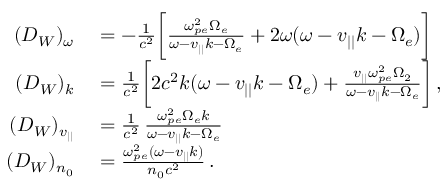
\begin{array} { r l } { ( D _ { W } ) _ { \omega } } & { { } = - \frac { 1 } { c ^ { 2 } } \bigg [ \frac { \omega _ { p e } ^ { 2 } \Omega _ { e } } { \omega - v _ { | | } k - \Omega _ { e } } + 2 \omega ( \omega - v _ { | | } k - \Omega _ { e } ) \bigg ] } \\ { ( D _ { W } ) _ { k } } & { { } = \frac { 1 } { c ^ { 2 } } \bigg [ 2 c ^ { 2 } k ( \omega - v _ { | | } k - \Omega _ { e } ) + \frac { v _ { | | } \omega _ { p e } ^ { 2 } \Omega _ { 2 } } { \omega - v _ { | | } k - \Omega _ { e } } \bigg ] \, , } \\ { ( D _ { W } ) _ { v _ { | | } } } & { { } = \frac { 1 } { c ^ { 2 } } \, \frac { \omega _ { p e } ^ { 2 } \Omega _ { e } k } { \omega - v _ { | | } k - \Omega _ { e } } } \\ { ( D _ { W } ) _ { n _ { 0 } } } & { { } = \frac { \omega _ { p e } ^ { 2 } ( \omega - v _ { | | } k ) } { n _ { 0 } c ^ { 2 } } \, . } \end{array}